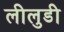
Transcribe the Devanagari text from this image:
लीलुडी